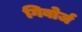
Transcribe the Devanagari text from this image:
गिबोर्ज